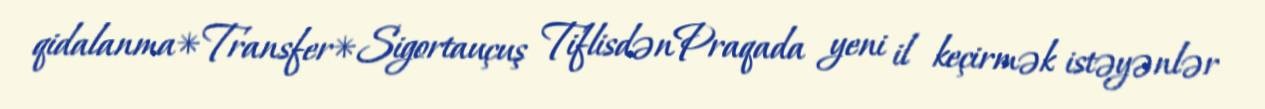
qidalanma*Transfer*Sigortauçuş TiflisdənPraqada yeni il keçirmək istəyənlər